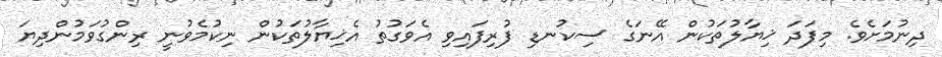
ދިނުމަށެވެ. މިފަދަ ޚިޔާލުތަކުން އޭނަގެ ސިކުނޑި ފުރިފައިވި އެވަގުތު އެޚިޔާލުތަކުން ނިކުމެވުނީ ރިންގުވަމުންދިޔަ